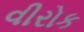
વીરોક